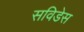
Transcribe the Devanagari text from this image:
सविडेस